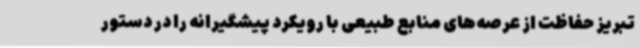
تبریز حفاظت از عرصه‌های منابع طبیعی با رویکرد پیشگیرانه را در دستور